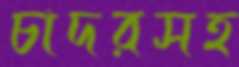
চাদরসহ